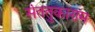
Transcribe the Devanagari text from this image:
संततुकाराम